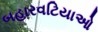
બહારવટિયાઓ